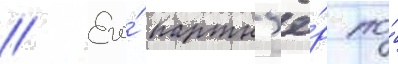
// Его́ партн'ё́р по́